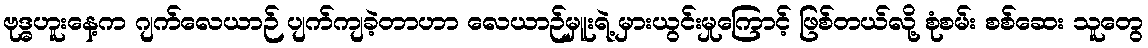
ဗုဒ္ဓဟူးနေ့က ဂျက်လေယာဉ် ပျက်ကျခဲ့တာဟာ လေယာဉ်မှူးရဲ့ မှားယွင်းမှုကြောင့် ဖြစ်တယ်လို့ စုံစမ်း စစ်ဆေး သူတွေ